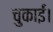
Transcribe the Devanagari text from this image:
चुकाईं।